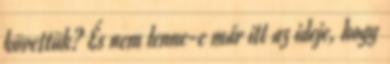
követtük? És nem lenne-e már itt az ideje, hogy